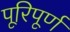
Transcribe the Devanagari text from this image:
पूरिपूर्ण